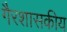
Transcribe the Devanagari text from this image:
गैरशासकीय